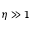
\eta \gg 1